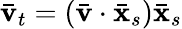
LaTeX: \bar{\mathbf{v}}_{t}=\left(\bar{\mathbf{v}}\cdot\bar{\mathbf{x}}_{s}\right)\bar{\mathbf{x}}_{s}